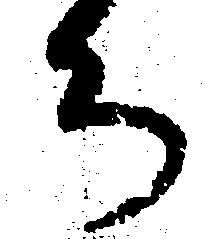
ち